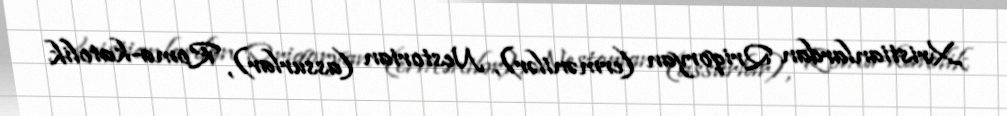
Xristianlardan Qriqoryan (ermənilər), Nestorian (assurlar), Roma-katolik